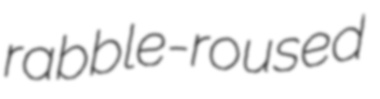
rabble-roused